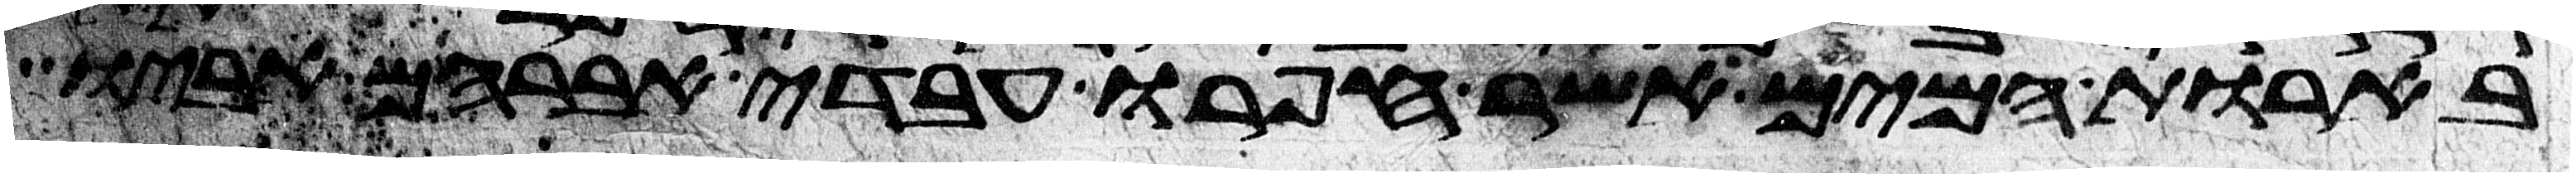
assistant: בארות המים אשר חפרו עבדי אברהם אביו